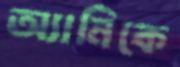
অ্যানিকে